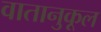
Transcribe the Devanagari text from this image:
वातानुकूल